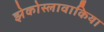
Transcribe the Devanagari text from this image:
झेकोस्लावाकिया